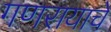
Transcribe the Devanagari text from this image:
गणरायाचे